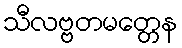
သီလဗ္ဗတမတ္တေန